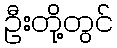
ဦးတို့တွင်